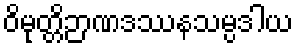
ဝိမုတ္တိဉာဏဒဿနသမ္ပဒါယ